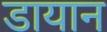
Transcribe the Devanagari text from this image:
डायान